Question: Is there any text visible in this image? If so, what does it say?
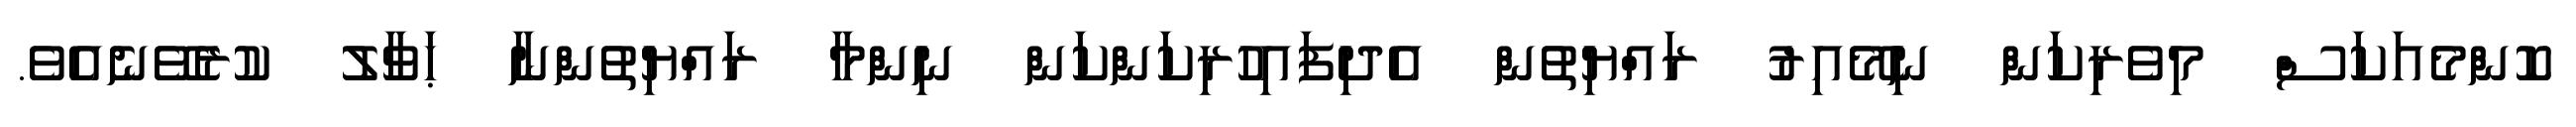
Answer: ކޮންމެއަކަސް މިވެރިކަން ނިމޭއިރު ރައްޔިތުން އެދިފައިހުރިކަންކަން ނިންމާ ރައްޔިތުންނާ ޙަވާލު ކުރެވޭނެއެވެ.